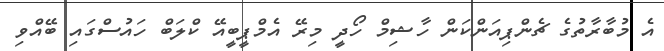
އެ މުބާރާތުގެ ޗެންޕިއަންކަން ހާޝިމް ހޯދީ މިރޭ އެމްޕީބީއޭ ކްލަބް ހައުސްގައި ބޭއްވި